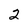
Character: 2